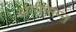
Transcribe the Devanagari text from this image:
अत्यासन्ऩ